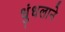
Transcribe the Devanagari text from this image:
धुंधलाने